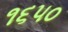
૧૬૫૦